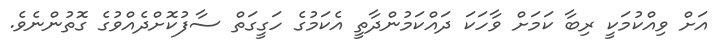
އަށް ވިއްކުމަކީ ރިބާ ކަމަށް ވާހަކަ ދައްކަމުންދާތީ އެކަމުގެ ހަގީގަތް ސާފުކޮށްދެއްވުގެ ގޮތުންނެވެ.